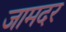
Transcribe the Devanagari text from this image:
जामदर